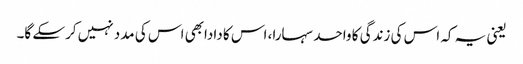
یعنی یہ کہ اس کی زندگی کا واحد سہارا، اس کا دادابھی اس کی مدد نہیں کرسکے گا۔